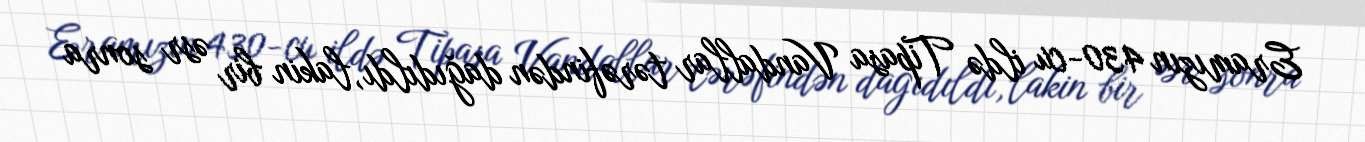
Eramızın 430-cu ildə Tipasa Vandallar tərəfindən dağıdıldı, lakin bir əsr sonra